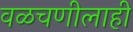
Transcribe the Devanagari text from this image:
वळचणीलाही